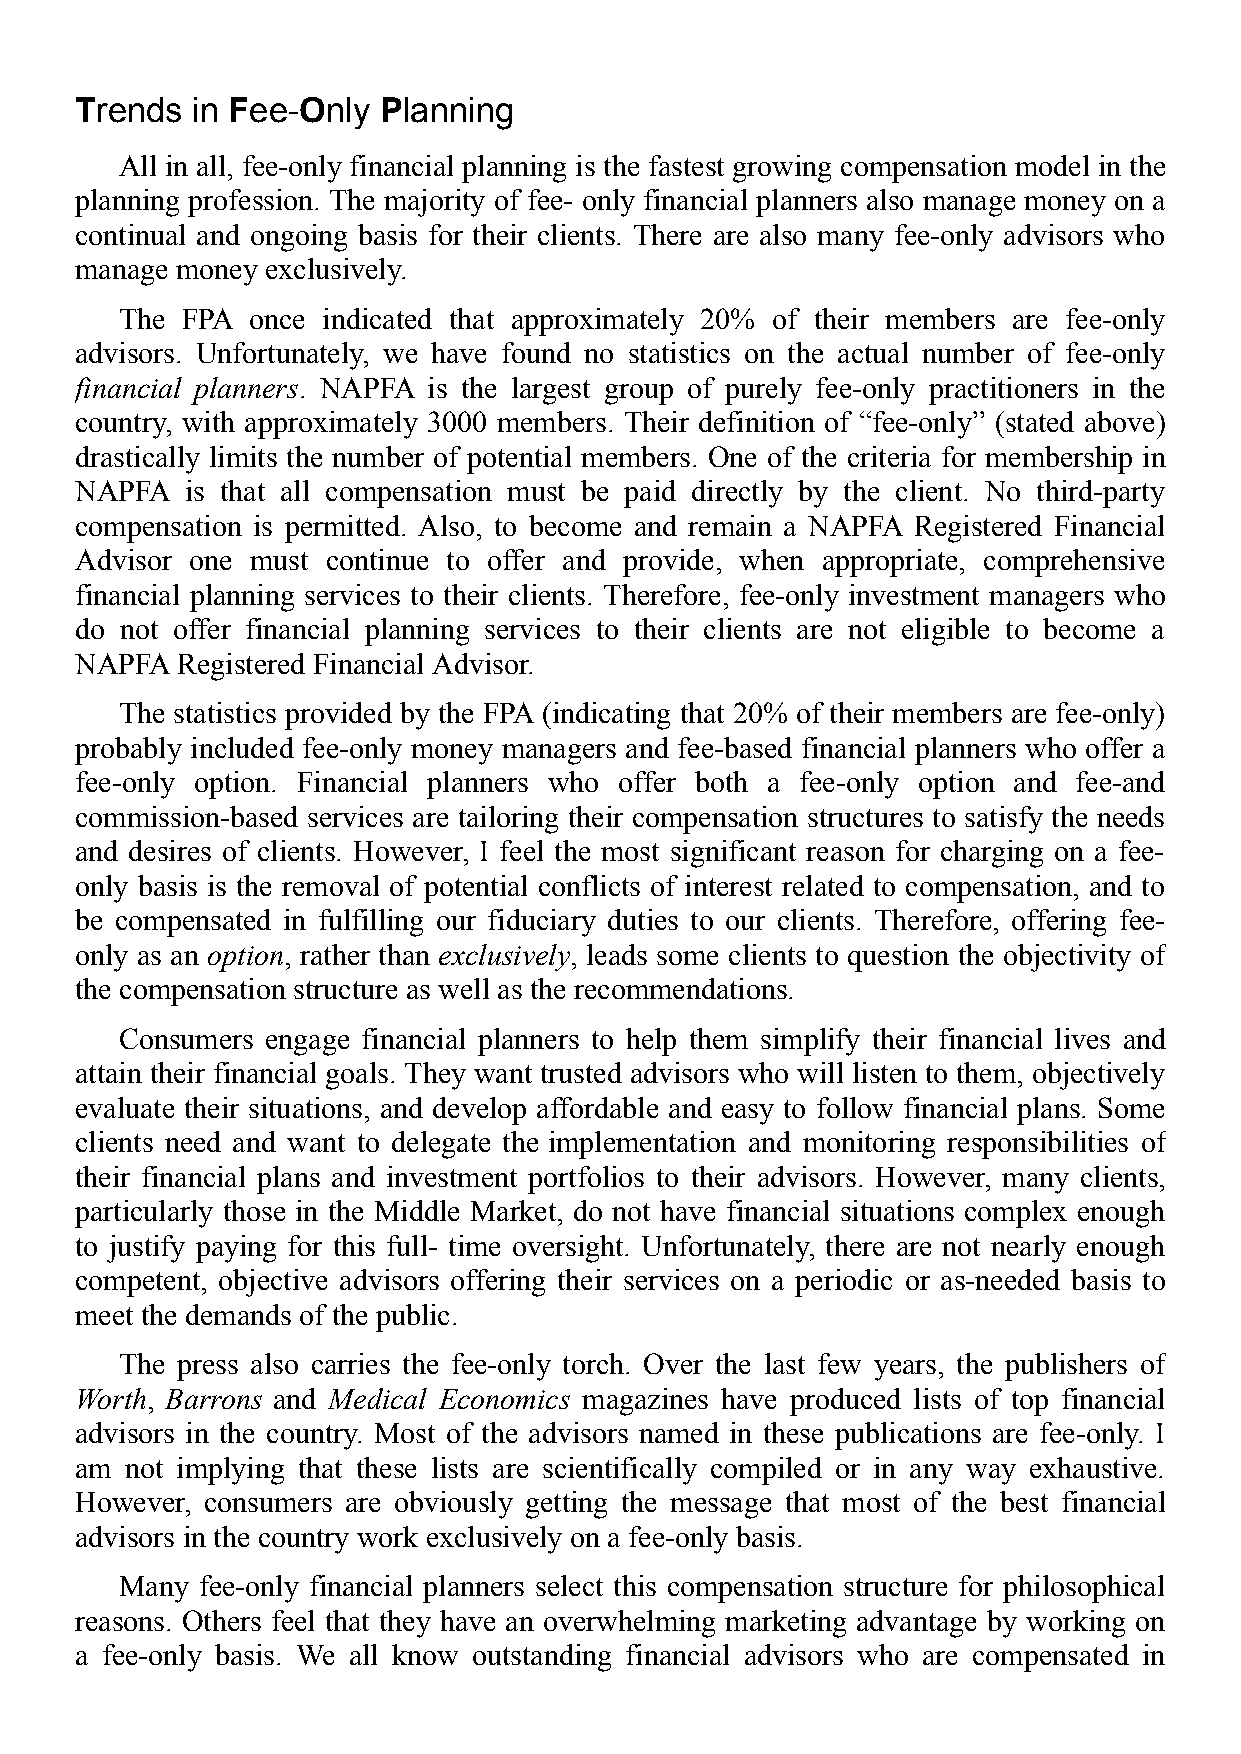
Trends  in Fee-Only Planning
 All in all, fee-only financial planning is the fastest growing compensation model in the
 planning profession. The majority of fee- only financial planners also manage money on a
 continual and ongoing basis for their clients. There are also many fee-only advisors who
 manage money exclusively.
 The FPA once indicated that approximately 20% of their members are fee-only
 advisors. Unfortunately, we have found no statistics on the actual number of fee-only
 financial planners. NAPFA is the largest group of purely fee-only practitioners in the
 country, with approximately 3000 members. Their definition of “fee-only” (stated above)
 drastically limits the number of potential members. One of the criteria for membership in
 NAPFA  is that all compensation must be paid directly by the client. No third-party
 compensation is permitted. Also, to become and remain a NAPFA Registered Financial
 Advisor one must continue to offer and provide, when appropriate, comprehensive
 financial planning services to their clients. Therefore, fee-only investment managers who
 do not offer financial planning services to their clients are not eligible to become a
 NAPFA  Registered Financial Advisor.
 The statistics provided by the FPA (indicating that 20% of their members are fee-only)
 probably included fee-only money managers and fee-based financial planners who offer a
 fee-only option. Financial planners who offer both a fee-only option and fee-and
 commission-based services are tailoring their compensation structures to satisfy the needs
 and desires of clients. However, I feel the most significant reason for charging on a fee-
 only basis is the removal of potential conflicts of interest related to compensation, and to
 be compensated in fulfilling our fiduciary duties to our clients. Therefore, offering fee-
 only as an option, rather than exclusively, leads some clients to question the objectivity of
 the compensation structure as well as the recommendations.
 Consumers engage financial planners to help them simplify their financial lives and
 attain their financial goals. They want trusted advisors who will listen to them, objectively
 evaluate their situations, and develop affordable and easy to follow financial plans. Some
 clients need and want to delegate the implementation and monitoring responsibilities of
 their financial plans and investment portfolios to their advisors. However, many clients,
 particularly those in the Middle Market, do not have financial situations complex enough
 to justify paying for this full- time oversight. Unfortunately, there are not nearly enough
 competent, objective advisors offering their services on a periodic or as-needed basis to
 meet the demands of the public.
 The press also carries the fee-only torch. Over the last few years, the publishers of
 Worth, Barrons and Medical Economics magazines have produced lists of top financial
 advisors in the country. Most of the advisors named in these publications are fee-only. I
 am not implying that these lists are scientifically compiled or in any way exhaustive.
 However, consumers are obviously getting the message that most of the best financial
 advisors in the country work exclusively on a fee-only basis.
 Many fee-only financial planners select this compensation structure for philosophical
 reasons. Others feel that they have an overwhelming marketing advantage by working on
 a fee-only basis. We all know outstanding financial advisors who are compensated in